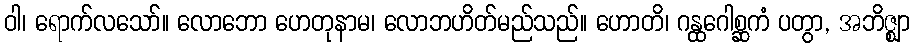
ဝါ၊ ရောက်လသော်။ လောဘော ဟေတုနာမ၊ လောဘဟိတ်မည်သည်။ ဟောတိ၊ ဂန္ထဂေါစ္ဆကံ ပတွာ, အဘိဇ္ဈာ